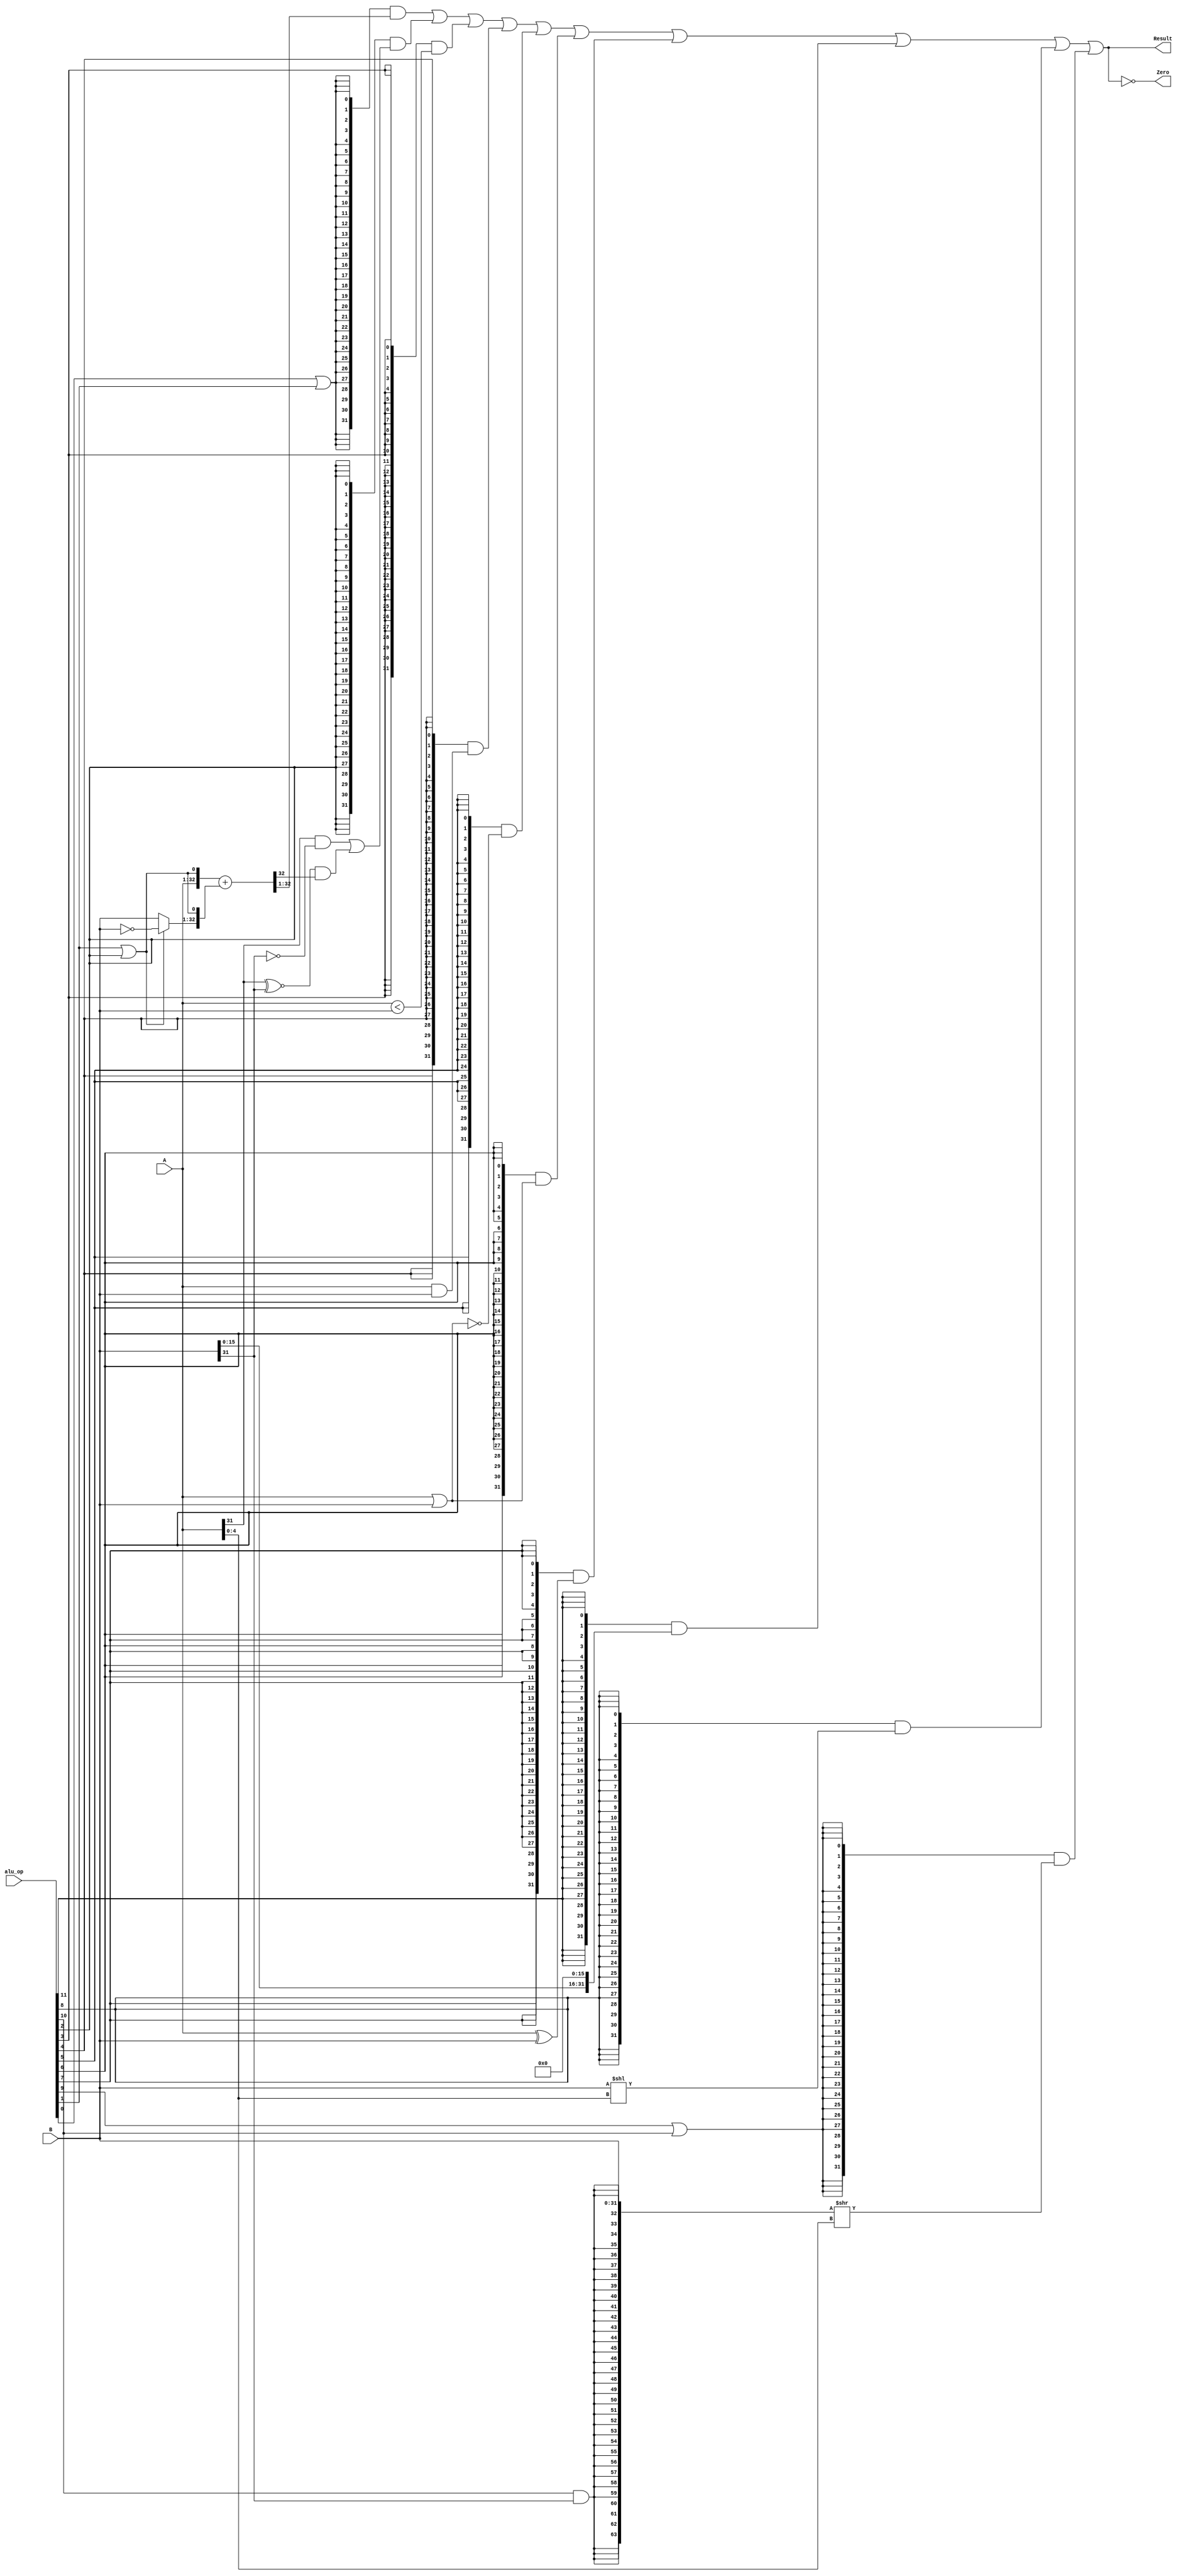
`timescale 10ns / 1ns

`define DATA_WIDTH 32

module alu(
    input [`DATA_WIDTH - 1:0] A,
    input [`DATA_WIDTH - 1:0] B,
    input [11:0] alu_op,
    output Zero,
    output [`DATA_WIDTH - 1:0] Result
);

// control code decomposition
wire alu_add ;   //
wire alu_sub ;   //
wire alu_slt ;   //
wire alu_sltu;   //
wire alu_and ;   //
wire alu_nor ;   //
wire alu_or  ;   //
wire alu_xor ;   //
wire alu_sll ;   //
wire alu_srl ;   //
wire alu_sra ;   //
wire alu_lui ;   //

assign alu_add  = alu_op[ 0];
assign alu_sub  = alu_op[ 1];
assign alu_slt  = alu_op[ 2];
assign alu_sltu = alu_op[ 3];
assign alu_and  = alu_op[ 4];
assign alu_nor  = alu_op[ 5];
assign alu_or   = alu_op[ 6];
assign alu_xor  = alu_op[ 7];
assign alu_sll  = alu_op[ 8];
assign alu_srl  = alu_op[ 9];
assign alu_sra  = alu_op[10];
assign alu_lui  = alu_op[11];

wire [31:0] add_sub_result; 
wire [31:0] slt_result; 
wire [31:0] sltu_result;
wire [31:0] and_result;
wire [31:0] nor_result;
wire [31:0] or_result;
wire [31:0] xor_result;
wire [31:0] lui_result;
wire [31:0] sll_result; 
wire [63:0] sr64_result; 
wire [31:0] sr_result; 

// 32-bit adder
wire [31:0] adder_a     ;
wire [31:0] adder_b     ;
wire [33:0] adder_result;
wire        adder_cin   ;

assign adder_a      = A;
assign adder_b      = (alu_sub | alu_slt) ? ~B : B;
assign adder_cin    = (alu_sub | alu_slt);
assign adder_result = {adder_a,adder_cin} + {adder_b,adder_cin};

// ADD, SUB result
assign add_sub_result = adder_result[32:1];

// SLT result
assign slt_result[31:1] = 31'b0;
assign slt_result[0]    = (A[31]  & ~B[31])
                        | ((A[31] ~^ B[31]) & adder_result[32]);

// SLTU result
assign sltu_result[31:1] = 31'b0;
assign sltu_result[0]    = (A < B);                        

// bitwise operation
assign and_result = A & B;
assign or_result  = A | B;
assign nor_result = ~or_result;
assign xor_result = A ^ B;
assign lui_result = {B[15:0], 16'b0};

// SLL result 
assign sll_result = B << A[4:0];

// SRL, SRA result
assign sr64_result = {{32{alu_sra & B[31]}}, B[31:0]} >> A[4:0];
assign sr_result   = sr64_result[31:0];

// flag output
assign Zero     = ({Result} == 32'b0);

// final result mux
assign Result     = ({32{alu_add | alu_sub}} & add_sub_result)
                  | ({32{alu_slt          }} & slt_result    )
                  | ({32{alu_sltu         }} & sltu_result   )
                  | ({32{alu_and          }} & and_result    )
                  | ({32{alu_nor          }} & nor_result    )
                  | ({32{alu_or           }} & or_result     )
                  | ({32{alu_xor          }} & xor_result    )
                  | ({32{alu_lui          }} & lui_result    )
                  | ({32{alu_sll          }} & sll_result    )
                  | ({32{alu_srl | alu_sra}} & sr_result     );

endmodule